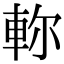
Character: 𨋎